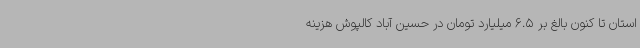
استان تا کنون بالغ بر 6.5 میلیارد تومان در حسین آباد کالپوش هزینه